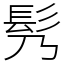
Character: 䯮